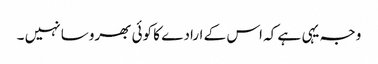
وجہ یہی ہے کہ اس کے ارادے کا کوئی بھروسا نہیں ۔